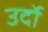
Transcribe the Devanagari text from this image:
उर्दो